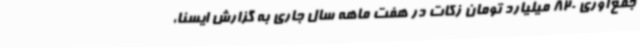
جمع‌آوری 820 میلیارد تومان زکات در هفت ماهه سال جاری به گزارش ایسنا،